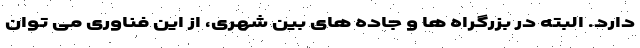
دارد. البته در بزرگراه ها و جاده های بین شهری، از این فناوری می توان